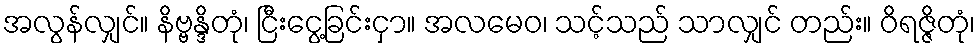
အလွန်လျှင်။ နိဗ္ဗန္ဒိတုံ၊ ငြီးငွေ့ခြင်းငှာ။ အလမေဝ၊ သင့်သည် သာလျှင် တည်း။ ဝိရဇ္ဇိတုံ၊